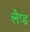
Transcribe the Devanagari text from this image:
लैप्ड